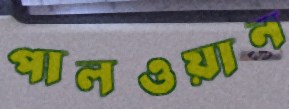
পালওয়ান